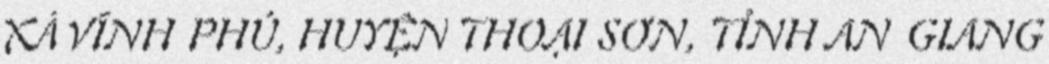
XÃ VĨNH PHÚ, HUYỆN THOẠI SƠN, TỈNH AN GIANG